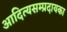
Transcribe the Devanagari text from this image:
आदित्यसम्प्रदायका